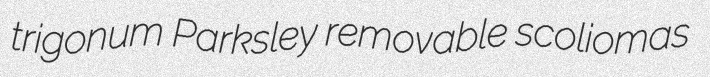
trigonum Parksley removable scoliomas